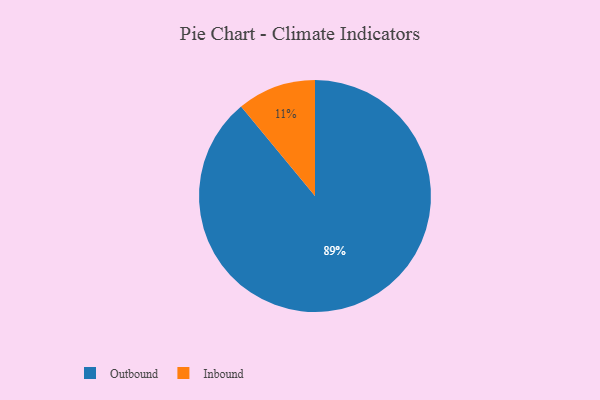
{"axis": {"x": "Category", "y": "Percentage"}, "legend": ["Inbound", "Outbound"], "data": [{"x": "Inbound", "y": 11, "type": "Inbound"}, {"x": "Outbound", "y": 89, "type": "Outbound"}]}